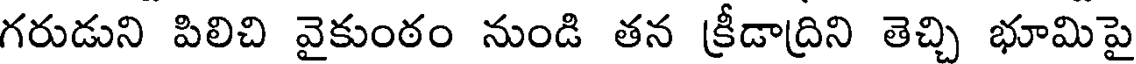
గరుడుని పిలిచి వైకుంఠం నుండి తన క్రీడాద్రిని తెచ్చి భూమిపై